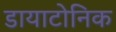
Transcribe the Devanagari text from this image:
डायाटोनिक